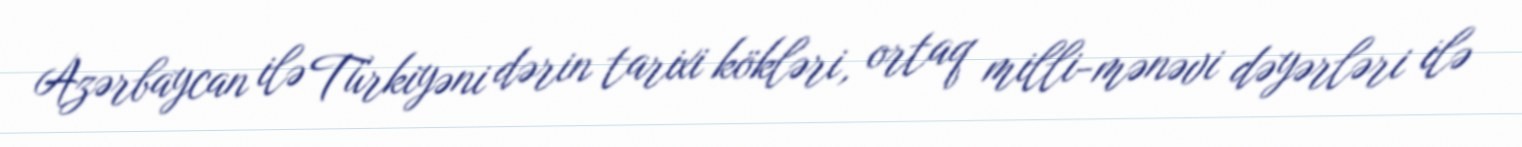
Azərbaycan ilə Türkiyəni dərin tarixi kökləri, ortaq milli-mənəvi dəyərləri ilə